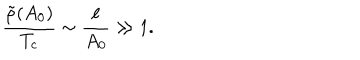
\frac { \tilde { \rho } ( A _ { 0 } ) } { T _ { c } } \sim \frac { \ell } { A _ { 0 } } \gg 1 .